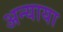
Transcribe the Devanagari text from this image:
अन्याया